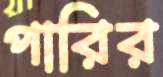
পারির